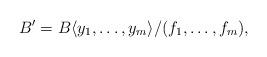
LaTeX: \begin{align*}B' = B \langle y_1, \ldots, y_m \rangle / (f_1, \ldots, f_m),\end{align*}